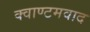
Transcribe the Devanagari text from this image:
क्वाण्टमवाद